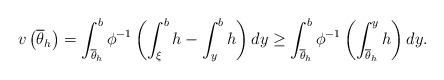
LaTeX: \begin{align*}v\left( \overline{\theta}_{h}\right) =\int_{\overline{\theta}_{h}}^{b}\phi^{-1}\left( \int_{\xi}^{b}h-\int_{y}^{b}h\right) dy\geq\int_{\overline{\theta}_{h}}^{b}\phi^{-1}\left( \int_{\overline{\theta}_{h}}^{y}h\right) dy. \end{align*}